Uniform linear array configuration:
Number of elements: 4
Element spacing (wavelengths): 0.75
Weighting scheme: hamming
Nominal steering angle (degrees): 30
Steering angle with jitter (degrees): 28.939
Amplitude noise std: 0.05
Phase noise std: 0.05

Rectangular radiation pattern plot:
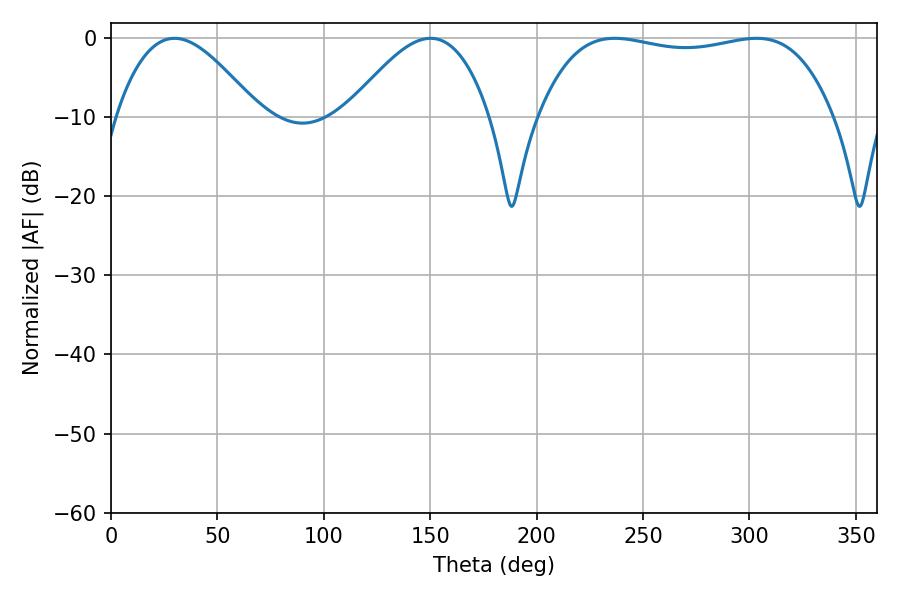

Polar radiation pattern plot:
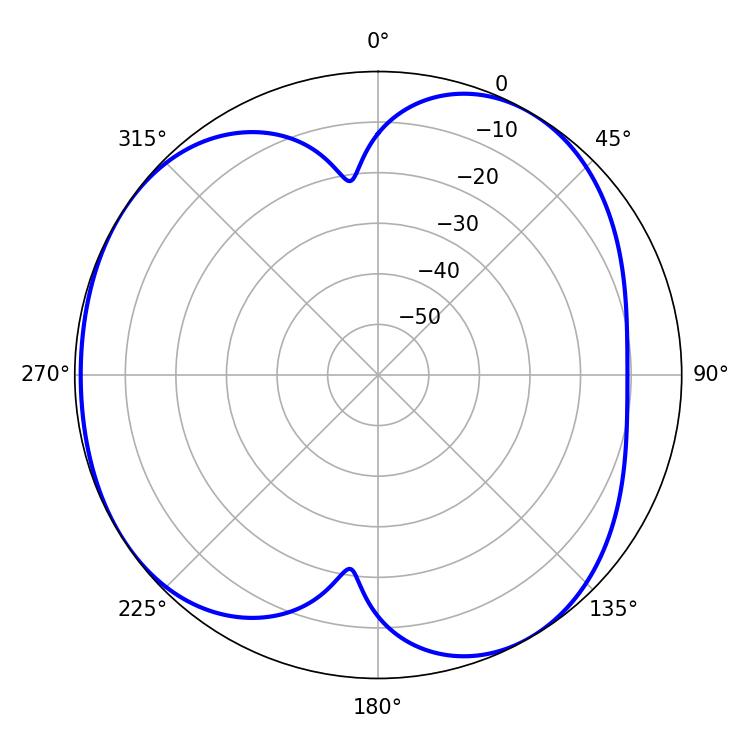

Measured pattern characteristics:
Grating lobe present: TRUE
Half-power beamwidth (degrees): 110.52
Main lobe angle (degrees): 236.7